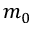
m _ { 0 }